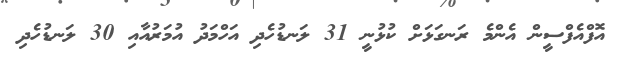
އޮފްއެފްސީން އެންމެ ރަނގަޅަށް ކުޅުނީ 31 ލަނޑުހެދި އަހްމަދު އުމަރުއާއި 30 ލަނޑުހެދި